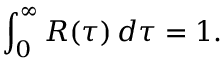
\int _ { 0 } ^ { \infty } R ( \tau ) \, d \tau = 1 .